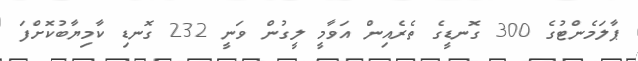
ޕާލަމެންޓުގެ 300 ގޮނޑީގެ ތެރެއިން އަވާމީ ލީގުން ވަނީ 232 ގޮނޑި ކާމިޔާބުކޮށްފަ